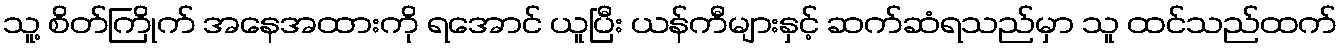
သူ့ စိတ်ကြိုက် အနေအထားကို ရအောင် ယူပြီး ယန်ကီများနှင့် ဆက်ဆံရသည်မှာ သူ ထင်သည်ထက်